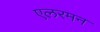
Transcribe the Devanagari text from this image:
एलरमन